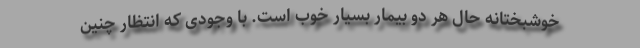
خوشبختانه حال هر دو بیمار بسیار خوب است. با وجودی که انتظار چنین